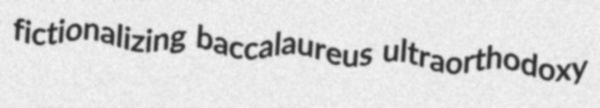
fictionalizing baccalaureus ultraorthodoxy